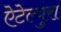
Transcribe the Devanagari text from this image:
ऐटेल्युरा